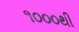
૧૦૦૦થી